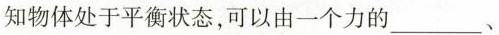
知物体处于平衡状态，可以由一个力的___、